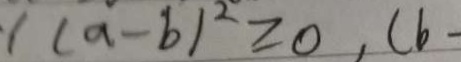
1 ( a - b ) ^ { 2 } \geq 0 , ( b